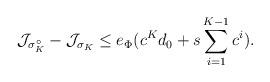
LaTeX: \begin{align*} \mathcal{J}_{\sigma^\circ_K}-\mathcal{J}_{\sigma_K} \leq e_\Phi (c^Kd_0+s\sum_{i=1}^{K-1}c^i). \end{align*}